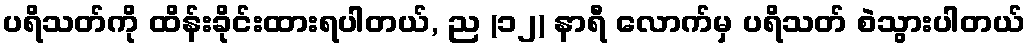
ပရိသတ်ကို ထိန်းခိုင်းထားရပါတယ်, ည (၁၂) နာရီ လောက်မှ ပရိသတ် စဲသွားပါတယ်